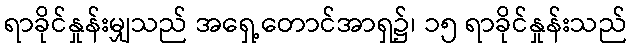
ရာခိုင်နှုန်းမျှသည် အရှေ့တောင်အာရှ၌၊ ၁၅ ရာခိုင်နှုန်းသည်